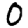
Digit: 0